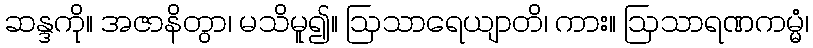
ဆန္ဒကို။ အဇာနိတွာ၊ မသိမူ၍။ ဩသာရေယျာတိ၊ ကား။ ဩသာရဏကမ္မံ၊